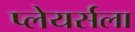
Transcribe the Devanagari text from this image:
प्लेयर्सला